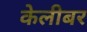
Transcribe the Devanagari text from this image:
केलीबर